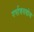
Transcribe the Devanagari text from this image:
गर्भाशयशोथ